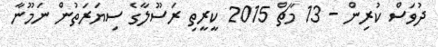
ދުވަސް ކުރިން - 13 މާޗް 2015 ކީރީތި ރަސޫލާގެ ސިޔަރަތުން ނަމޫނާ